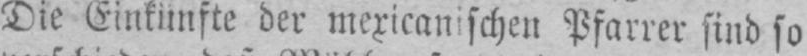
Die Einkünfte der mexicanischen Pfarrer sind so